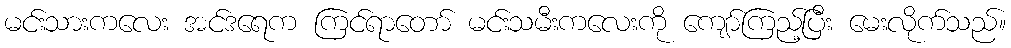
မင်းသားကလေး အင်ဒရေက ကြင်ရာတော် မင်းသမီးကလေးကို ကျော်ကြည့်ပြီး မေးလိုက်သည်။